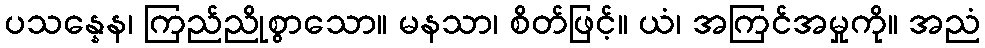
ပသန္နေန၊ ကြည်ညိုစွာသော။ မနသာ၊ စိတ်ဖြင့်။ ယံ၊ အကြင်အမှုကို။ အညံ